Report of the veterinary officer investigating camel disease
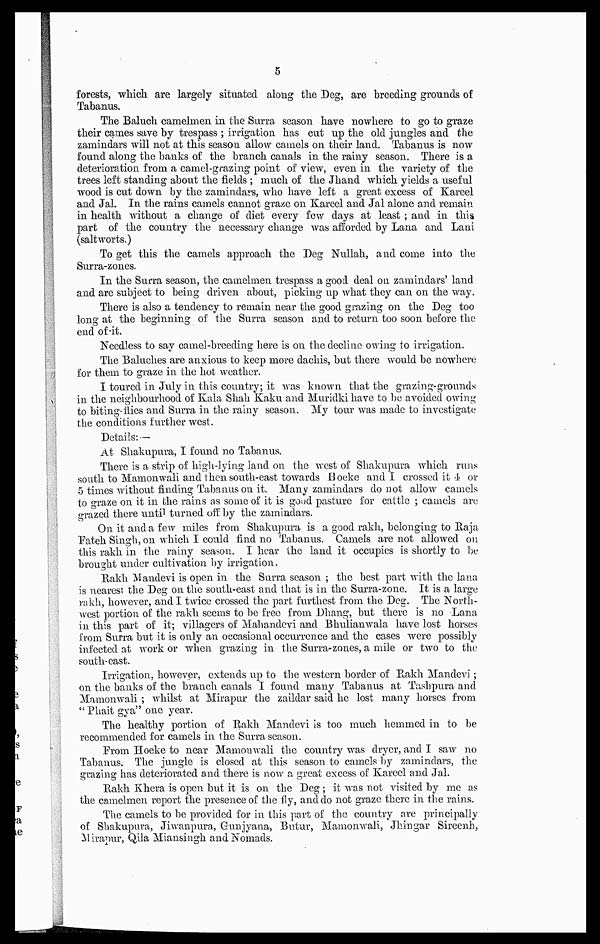
5
forests, which are largely situated along the Deg, are breeding grounds of
Tabanus.
The Baluch camelmen in the Surra season have nowhere to go to graze
their cames save by trespass ; irrigation has cat up the old jungles and the
zamindars will not at this season allow camels on their land. Tabanus is now
found along the banks of the branch canals in the rainy season. There is a
deterioration from a camel grazing point of view, even in the variety of the
trees left standing about the fields ; much of the Jhand which yields a useful
wood is cut down by the zamindars, who have left a great excess of Kareel
and Jal. In the rains camels cannot graze on Kareel and Jal alone and remain
in health without a change of diet every few days at least ; and in this
part of the country the necessary change was afforded by Lana and Lani
(saltworts.)
To get this the camels approach the Deg Nullah, and come into the
Surra-zones.
In the Surra season, the camelmen trespass a good deal on zamindars' land
and are subject to being driven about, picking up what they can on the way.
There is also a tendency to remain near the good grazing on the Deg too
long at the beginning of the Surra season and to return too soon before the
end of it.
Needless to say camel-breeding here is on the decline owing to irrigation.
The Baluches are anxious to keep more dachis, but there would be nowhere
for them to graze in the hot weather.
I toured in July in this country; it was known that the grazing-grounds
in the neighbourhood of Kala Shah Kaku and Muridki have to be avoided owing
to biting flies and Surra in the rainy season. My tour was made to investigate
the conditio as further west.
Details:—
At Shakupura, I found no Tabanus.
There is a strip of high-lying land on the west of Shakupura which runs
south to Mamonwali and then south-east towards Hoeke and I crossed it 4 or
5 times without finding Tabanus on it. Many zamindars do not allow camels
to graze on it in the rains as some of it is good pasture for cattle ; camels are
grazed there until turned off by the zamindars.
On it and a few miles from Shakupura is a good rakh, belonging to Raja
Fateh Singh, on which I could find no Tabanus. Camels are not allowed on
this rakh in the rainy season. I hear the land it occupies is shortly to be
brought under cultivation by irrigation.
Rakh Mandevi is open in the Surra season ; the best part with the lana
is nearest the Deg on the south-east and that is in the Surra-zone. It is a large
rakh, however, and I twice crossed the part furthest from the Deg. The North-
west portion of the rakh seems to be free from Dhang, but there is no Lana
in this part of it; villagers of Mahandevi and Bhulianwala have lost horses
from Surra but it is only an occasional occurrence and the cases were possibly
infected at work or when grazing in the Surra-zones, a mile or two to the
south-east.
Irrigation, however, extends up to the western border of Rakh Mandevi ;
on the banks of the branch canals I found many Tabanus at Tashpura and
Mamonwali ; whilst at Mirapur the zaildar said he lost many horses from
"Phait gya" one year.
The healthy portion of Rakh Mandevi is too much hemmed in to be
recommended for camels in the Surra season.
From Hoeke to near Mamonwali the country was dryer, and I saw no
Tabanus. The jungle is closed at this season to camels by zamindars, the
grazing has deteriorated and there is now a great excess of Kareel and Jal.
Rakh Khera is open but it is on the Deg ; it was not visited by me as
the camelmen report the presence of the fly, and do not graze there in the rains.
The camels to be provided for in this part of the country are principally
of Shakupura, Jiwanpura, Gunjyana, Butur, Mamonwali, Jhingar Sireenh,
Mirapur, Qila Miansingh and Nomads.